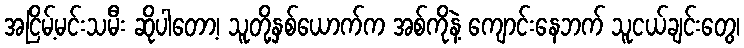
အငြိမ့်မင်းသမီး ဆိုပါတော့၊ သူတို့နှစ်ယောက်က အစ်ကိုနဲ့ ကျောင်းနေဘက် သူငယ်ချင်းတွေ၊